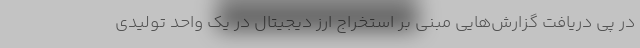
در پی دریافت گزارش‌هایی مبنی بر استخراج ارز دیجیتال در یک واحد تولیدی